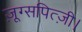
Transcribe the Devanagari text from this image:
ज़ूग्सपित्ज़ी।